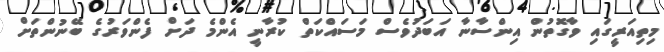
މިތިއަރީގައި ވާގޮތުން އިންސާނާ އަބަދުވެސް މަސައްކަތް ކުރާނީ އެންމެ ދަށް ފެންވަރުގެ ބޭނުންތަށް